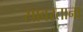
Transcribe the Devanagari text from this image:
सावरताना